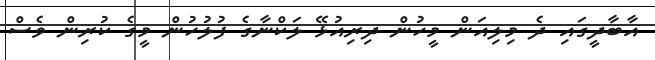
އާބާދީގައި ދެ މިލިއަން މީހުން ދިރިއުޅޭ ލަކްނާގެ ފުލުހުން މީގެ ކުރިން ވެސް